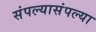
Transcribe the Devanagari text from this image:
संपल्यासंपल्या